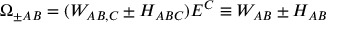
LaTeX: \Omega _ { \pm A B } = ( W _ { A B , C } \pm H _ { A B C } ) E ^ { C } \equiv W _ { A B } \pm H _ { A B }